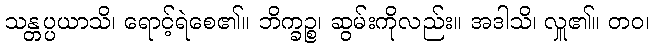
သန္တပ္ပယာသိ၊ ရောင့်ရဲစေ၏။ ဘိက္ခဉ္စ၊ ဆွမ်းကိုလည်း။ အဒါသိ၊ လှူ၏။ တဝ၊